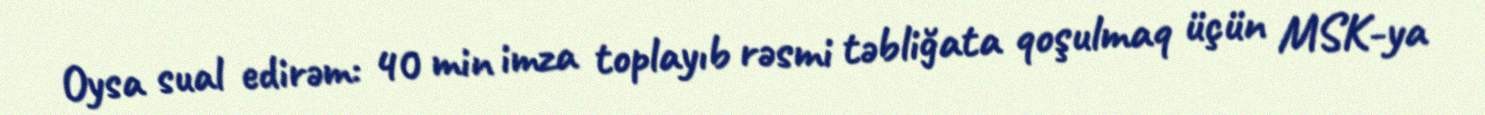
Oysa sual edirəm: 40 min imza toplayıb rəsmi təbliğata qoşulmaq üçün MSK-ya